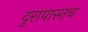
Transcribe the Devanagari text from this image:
दुरापास्तच